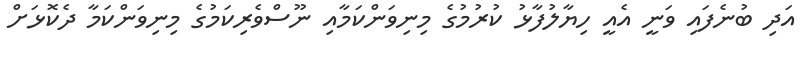
އަދި ބުނެފައި ވަނީ އެއީ ހިޔާލުފާޅު ކުރުމުގެ މިނިވަންކަމާއި ނޫސްވެރިކަމުގެ މިނިވަންކަމާ ދެކޮޅަށް